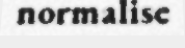
normalise